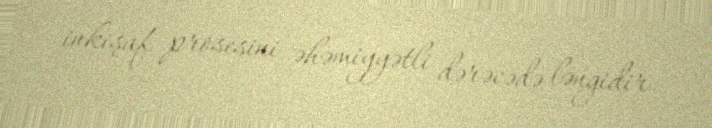
inkişaf prosesini əhəmiyyətli dərəcədə ləngidir.